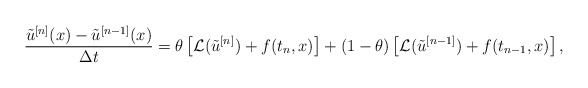
\begin{align*} \frac{\tilde{u}^{[n]} (x)-\tilde{u}^{[n-1]} (x)}{\Delta t} = \theta \left[\mathcal{L}(\tilde{u}^{[n]}) + f(t_n,x)\right] + (1-\theta)\left[ \mathcal{L}(\tilde{u}^{[n-1]}) + f(t_{n-1},x) \right],\end{align*}